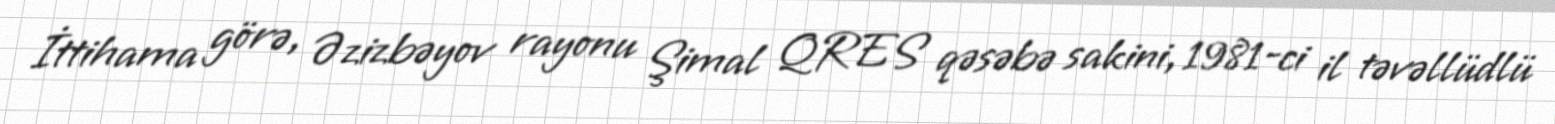
İttihama görə, Əzizbəyov rayonu Şimal QRES qəsəbə sakini, 1981-ci il təvəllüdlü